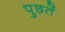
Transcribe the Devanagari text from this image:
पुछतें